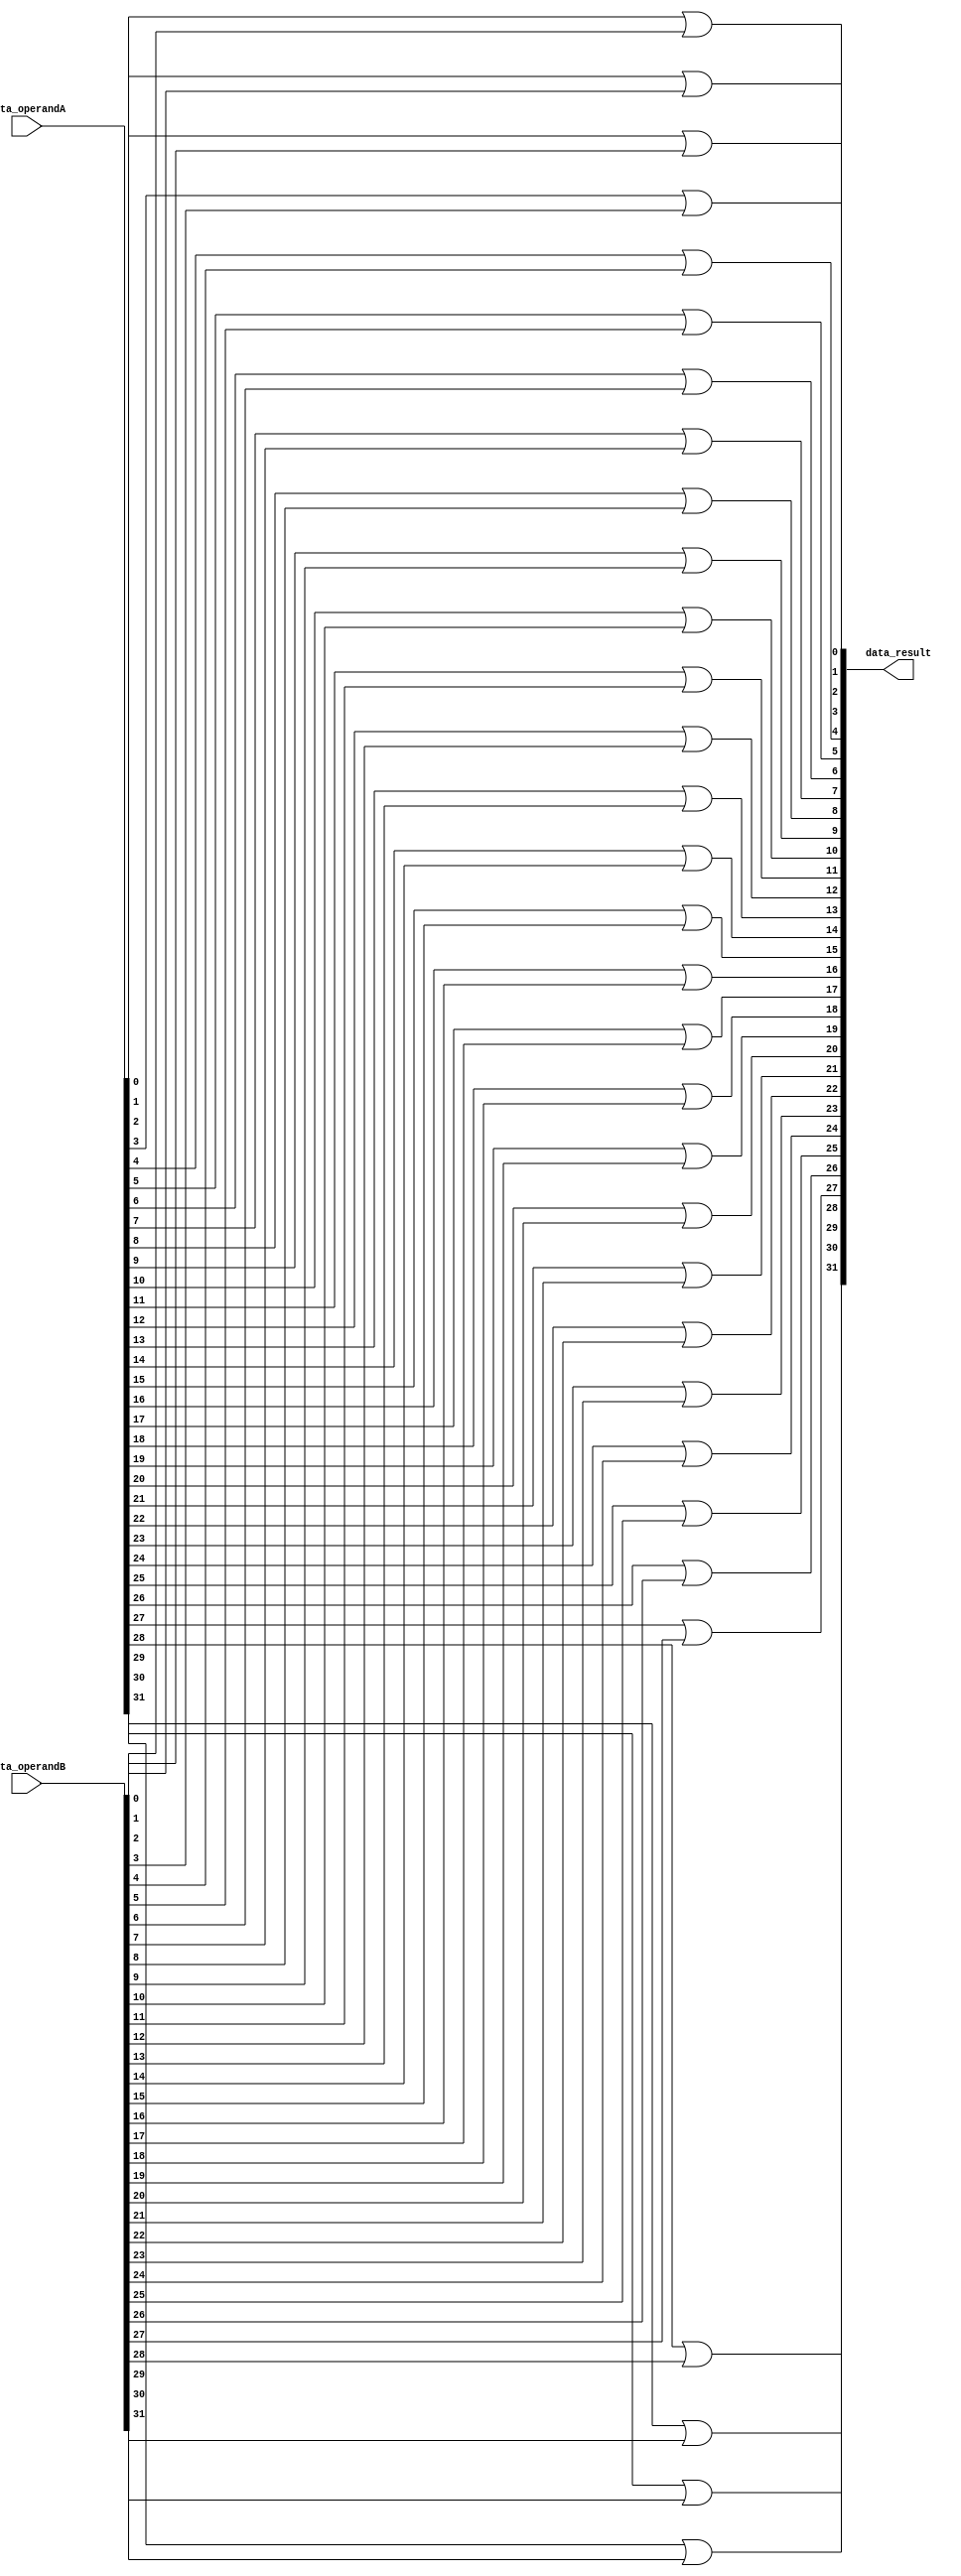
module or32(data_result, data_operandA, data_operandB);
        
    input [31:0] data_operandA, data_operandB;

    output [31:0] data_result;

    /*
	for(int i = 0; i < 32; i++){
	    System.out.println("or bit" + i +" (data_result[" + i + "], data_operandA[" + i + "], data_operandB[" + i + "]);");
	}
    */

    or bit0 (data_result[0], data_operandA[0], data_operandB[0]);
    or bit1 (data_result[1], data_operandA[1], data_operandB[1]);
    or bit2 (data_result[2], data_operandA[2], data_operandB[2]);
    or bit3 (data_result[3], data_operandA[3], data_operandB[3]);
    or bit4 (data_result[4], data_operandA[4], data_operandB[4]);
    or bit5 (data_result[5], data_operandA[5], data_operandB[5]);
    or bit6 (data_result[6], data_operandA[6], data_operandB[6]);
    or bit7 (data_result[7], data_operandA[7], data_operandB[7]);
    or bit8 (data_result[8], data_operandA[8], data_operandB[8]);
    or bit9 (data_result[9], data_operandA[9], data_operandB[9]);
    or bit10 (data_result[10], data_operandA[10], data_operandB[10]);
    or bit11 (data_result[11], data_operandA[11], data_operandB[11]);
    or bit12 (data_result[12], data_operandA[12], data_operandB[12]);
    or bit13 (data_result[13], data_operandA[13], data_operandB[13]);
    or bit14 (data_result[14], data_operandA[14], data_operandB[14]);
    or bit15 (data_result[15], data_operandA[15], data_operandB[15]);
    or bit16 (data_result[16], data_operandA[16], data_operandB[16]);
    or bit17 (data_result[17], data_operandA[17], data_operandB[17]);
    or bit18 (data_result[18], data_operandA[18], data_operandB[18]);
    or bit19 (data_result[19], data_operandA[19], data_operandB[19]);
    or bit20 (data_result[20], data_operandA[20], data_operandB[20]);
    or bit21 (data_result[21], data_operandA[21], data_operandB[21]);
    or bit22 (data_result[22], data_operandA[22], data_operandB[22]);
    or bit23 (data_result[23], data_operandA[23], data_operandB[23]);
    or bit24 (data_result[24], data_operandA[24], data_operandB[24]);
    or bit25 (data_result[25], data_operandA[25], data_operandB[25]);
    or bit26 (data_result[26], data_operandA[26], data_operandB[26]);
    or bit27 (data_result[27], data_operandA[27], data_operandB[27]);
    or bit28 (data_result[28], data_operandA[28], data_operandB[28]);
    or bit29 (data_result[29], data_operandA[29], data_operandB[29]);
    or bit30 (data_result[30], data_operandA[30], data_operandB[30]);
    or bit31 (data_result[31], data_operandA[31], data_operandB[31]);

endmodule